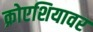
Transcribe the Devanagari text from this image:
क्रोएशियावर